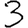
Digit: 3